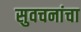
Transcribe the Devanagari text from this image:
सुवचनांचा